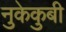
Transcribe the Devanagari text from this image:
नुकेकुबी